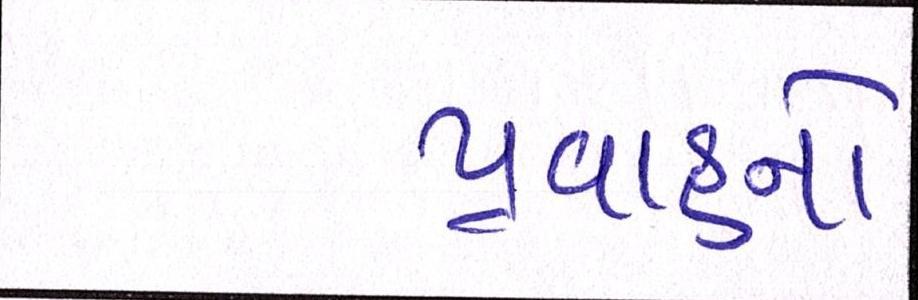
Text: પ્રવાહનો